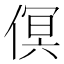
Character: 𠋶